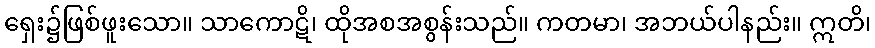
ရှေး၌ဖြစ်ဖူးသော။ သာကောဋိ၊ ထိုအစအစွန်းသည်။ ကတမာ၊ အဘယ်ပါနည်း။ ဣတိ၊